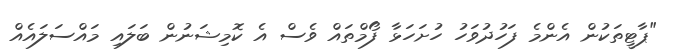
"ޕާޓީތަކުން އެންމެ ފަހުދުވަހު ހުށަހަޅާ ފޯމްތައް ވެސް އެ ކޮމިޝަނުން ބަލައި މައްސަލައެއް